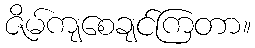
ဇိမ်ကျစေချင်ကြတာ။